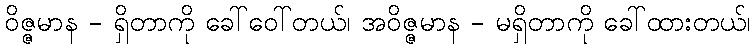
ဝိဇ္ဇမာန - ရှိတာကို ခေါ်ဝေါ်တယ်၊ အဝိဇ္ဇမာန - မရှိတာကို ခေါ်ထားတယ်၊